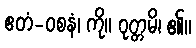
ဧတံ-ဝစနံ၊ ကို။ ဝုတ္တမိ၊ ၏။